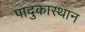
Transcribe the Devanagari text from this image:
पादुकास्थान